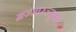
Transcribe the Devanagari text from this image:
मज्जारज्जूकडे